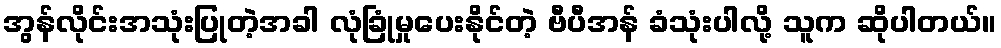
အွန်လိုင်းအသုံးပြုတဲ့အခါ လုံခြုံမှုပေးနိုင်တဲ့ ဗီပီအန် ခံသုံးပါလို့ သူက ဆိုပါတယ်။